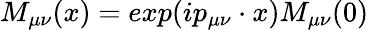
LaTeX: M_{\mu\nu}(x)=exp(ip_{\mu\nu}\cdot x)M_{\mu\nu}(0)